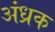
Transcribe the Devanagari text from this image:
अंध्रक